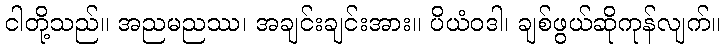
ငါတို့သည်။ အညမညဿ၊ အချင်းချင်းအား။ ပိယံဝဒါ၊ ချစ်ဖွယ်ဆိုကုန်လျက်။